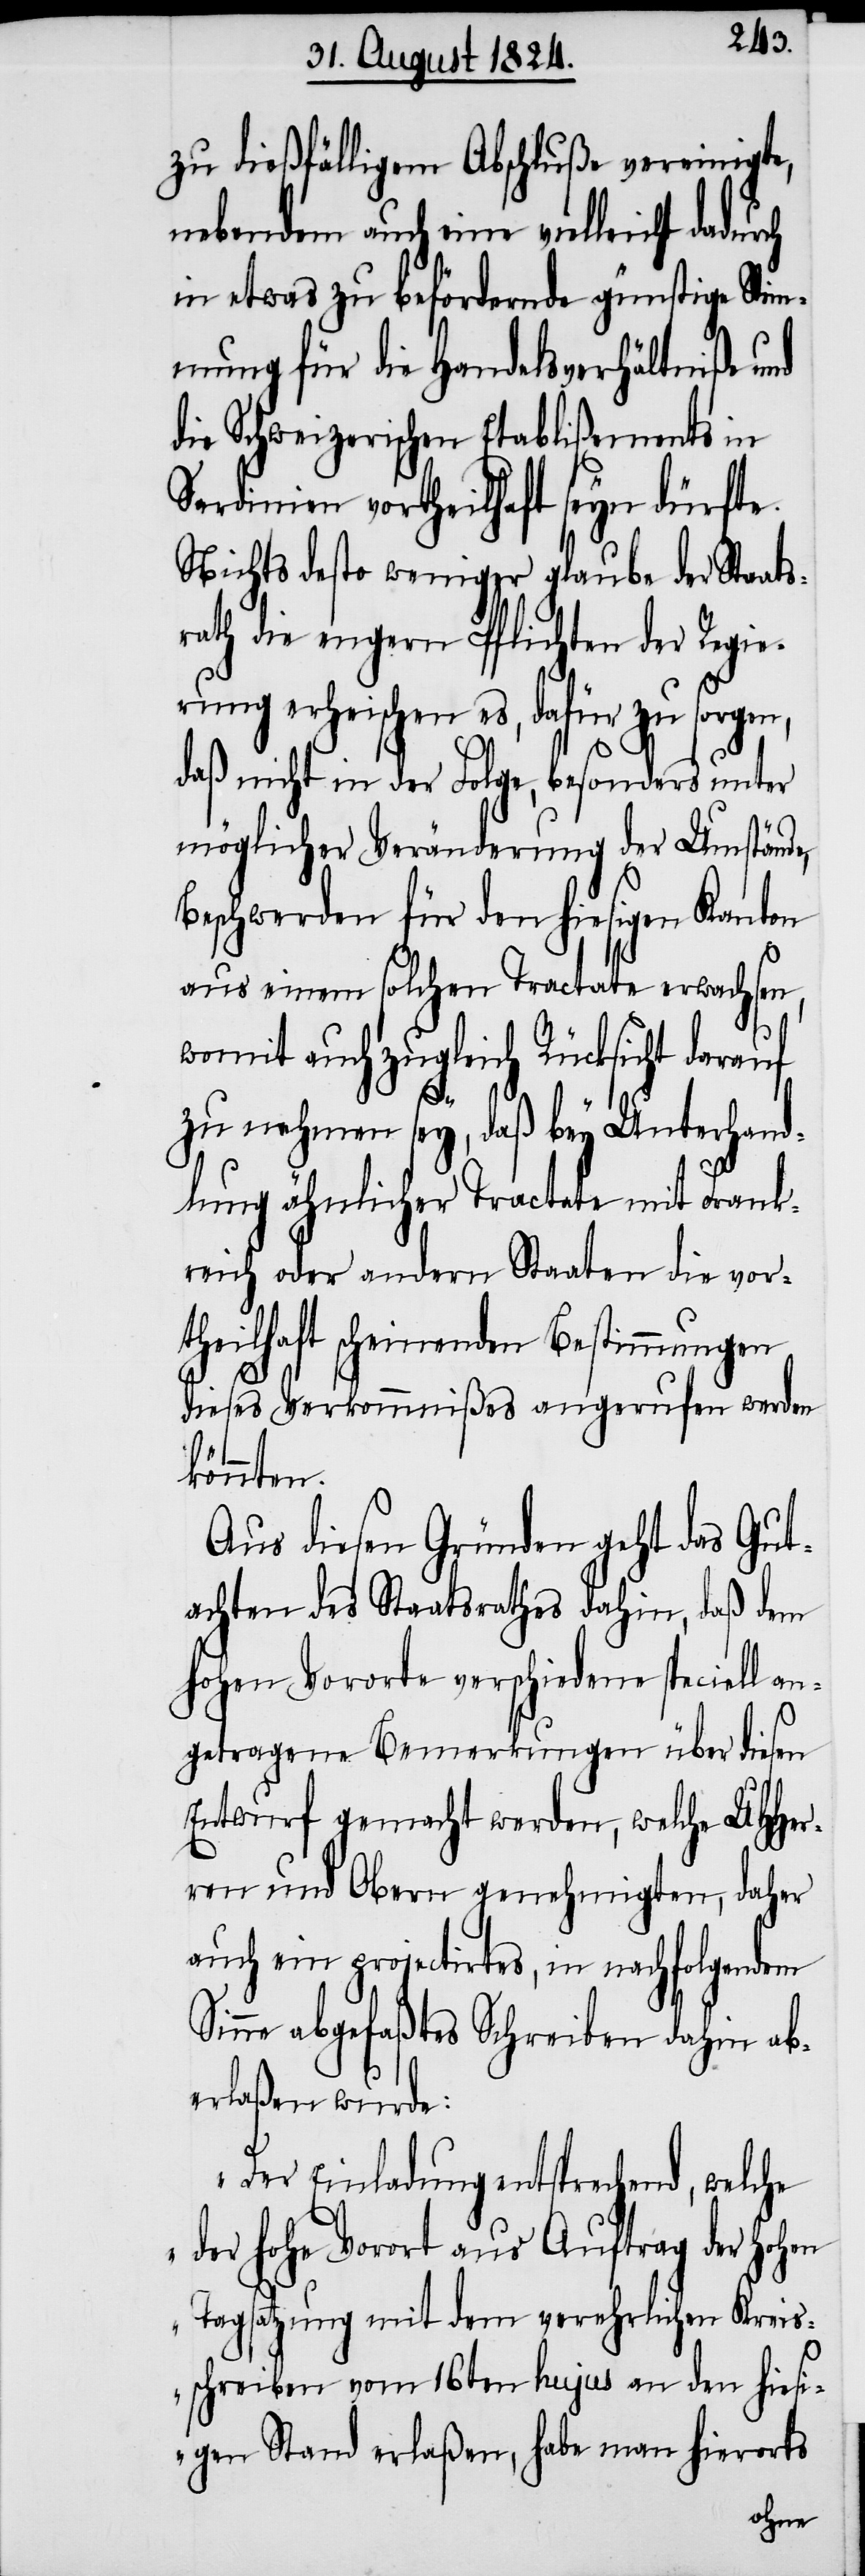
zu dießfälligem Abschluße vereinigte,
nebendem auch eine vielleicht dadurch
in etwas zu befördernde günstige Sti¬
mmung für die Handelsverhältniße und
die Schweizerischen Etablißements in
Sardinien vortheilhaft seyn dürfte.
Nichts desto weniger glaube der Staa¬
rath die engern Pflichten der Regie¬
rung erheischen es, dafür zu sorgen,
daß nicht in der Folge, besonders unter
möglicher Veränderung der Umstände,
Beschwerden für den hiesigen Kanton
aus einem solchen Tractate erwachsen,
womit auch zugleich Rücksicht darauf
UH¬
zu nehmen sey, daß bey Unterhand¬
lung ähnlicher Tractate mit Frank¬
reich oder andern Staaten die vor¬
theilhaft scheinenden Bestimmungen
dieses Verkommnißes angerufen werden
könnten.
Aus diesen Gründen geht das Gut¬
achten des Staatsrathes dahin, daß dem
hohen Vororte verschiedene speciell an¬
getragene Bemerkungen über diesen
Entwurf gemacht werden, wel¬
iero¬
ren und Obern genehmig¬
daher
auch ein projectirtes, in nachfolgendem
Sinne abgefaßtes Schreiben dahin ab¬
erlaßen wurde:
„Der Einladung entsprechend, welche
der hohe Vorort aus Auftrag der Hohen
Tagsatzung mit dem verehrlichen Kreis¬
schreiben vom 16ten hujus an den hiesi¬
rts
gen Stand erlaßen, habe man h¬